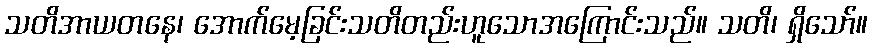
သတိအာယတနေ၊ အောက်မေ့ခြင်းသတိတည်းဟူသောအကြောင်းသည်။ သတိ၊ ရှိသော်။